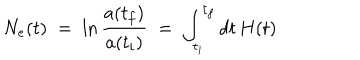
LaTeX: N _ { e } ( t ) \; = \; \ln { \frac { a ( t _ { f } ) } { a ( t _ { i } ) } } \; = \; \int _ { t _ { i } } ^ { t _ { f } } d t \, H ( t )